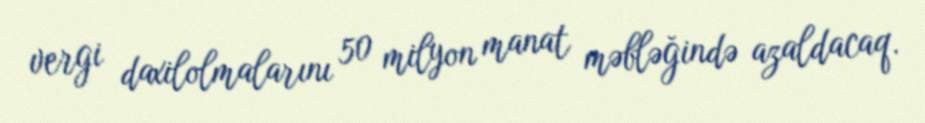
vergi daxilolmalarını 50 milyon manat məbləğində azaldacaq.